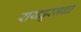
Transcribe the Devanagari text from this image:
रायचूरजवळ